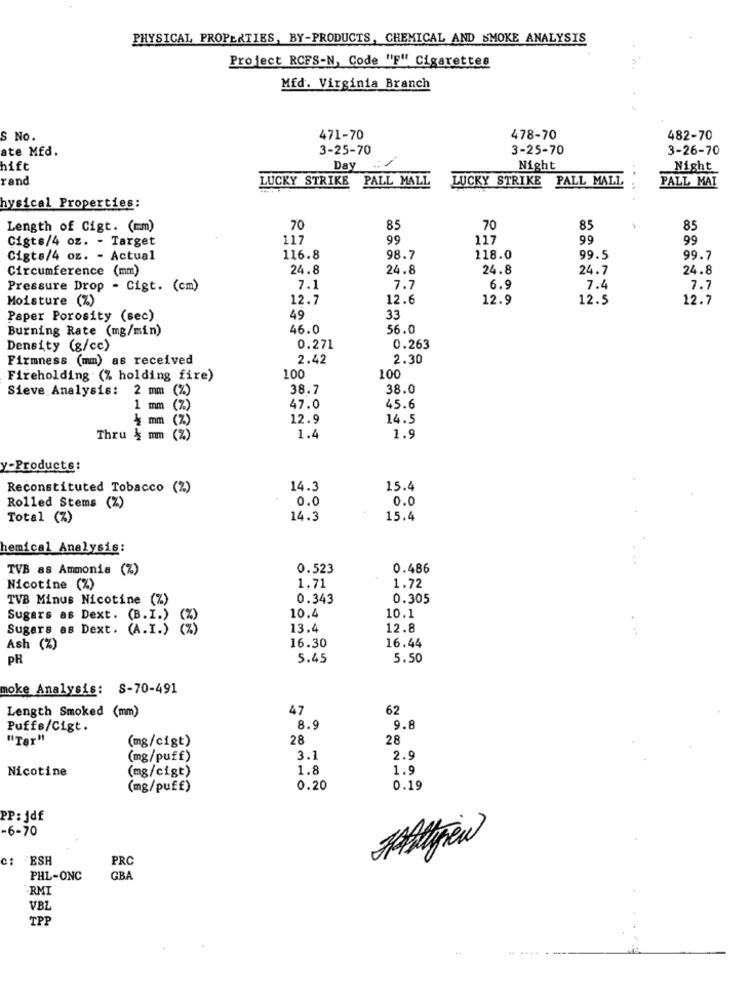
PHYSICAL PROPERTIES, BY-PRODUCTS, CHEMICAL AND SMOKE ANALYSIS
Project RCFS-N, Code "F" Cigarettes
Mfd. Virginia Branch
S No.
471-70
478-70
482-70
ate Mfd.
3-25-70
3-25-70
3-26-70
hift
Day
Night
Night
rand
LUCKY STRIKE
PALL MALL
LUCKY STRIKE PALL MALL
PALL MAI
hysical Properties:
Length of Cigt. (mm)
70
85
70
85
85
Cigts/4 oz. - Target
117
99
117
99
99
Cigts/4 oz. - Actual
116.8
98.7
118.0
99.5
99.7
Circumference (mm)
24.8
24.8
24.8
24.7
24.8
Pressure Drop - Cigt. (cm)
7.1
7.7
6.9
7.4
7.7
Moisture (%)
12.7
12.6
12.9
12.5
12.7
Paper Porosity (sec)
49
33
Burning Rate (mg/min)
46.0
56.0
Density (g/cc)
0.271
0.263
Firmness (mm) as received
2.42
2.30
Fireholding (% holding fire)
100
100
Sieve Analysis:
2 mm (%)
38.7
38.0
1 mm (%)
47.0
45.6
4 mm (%)
12.9
14.5
Thru & mm (?
1.4
1.9
y-Products:
Reconstituted Tobacco (%)
14.3
15.4
0.0
0.0
Rolled Stems (%)
Total (%)
14.3
15.4
hemical Analysis:
TVB as Ammonia (%)
0.523
0.486
1.71
Nicotine (%)
1.72
TVB Minus Nicotine (%)
0.343
0.305
10.4
10.1
Sugars as Dext. (B.I.)
Sugars as Dext. (A.I.)
13.4
12.8
16.30
Ash (%)
16.44
PH
5.45
5.50
moke Analysis: S-70-491
Length Smoked (mm)
47
62
Puffs/Cigt.
8.9
9.8
"Ter"
(mg/cigt)
28
28
(mg/puff)
3.1
2.9
Nicotine
(mg/cigt)
1.8
1.9
(mg/puff)
0.20
0.19
PP: jdf
-6-70
C: ESH
PRC
PHL-ONC
GBA
RMI
VBZ
TPP